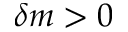
\delta m > 0